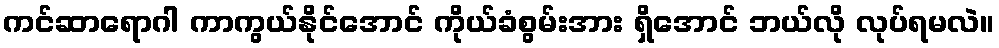
ကင်ဆာရောဂါ ကာကွယ်နိုင်အောင် ကိုယ်ခံစွမ်းအား ရှိအောင် ဘယ်လို လုပ်ရမလဲ။